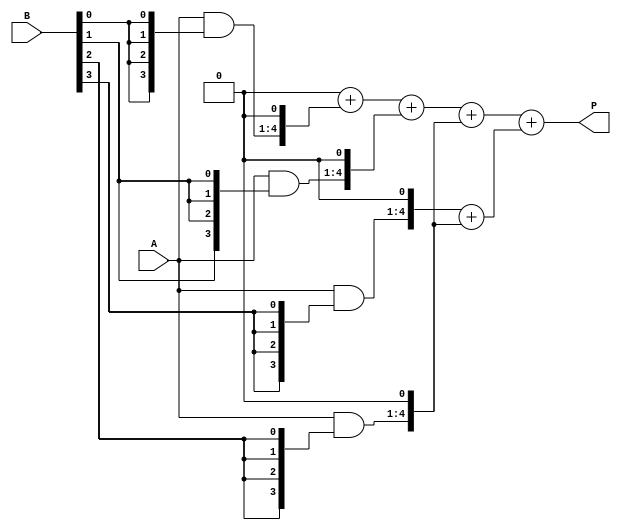
module wallace_tree_multiplier #(parameter N = 4) (
    input  [N-1:0] A,
    input  [N-1:0] B,
    output [2*N-1:0] P
);

    // Intermediate signals for partial products
    wire [N-1:0] pp[N-1:0]; // Partial products
    reg [2*N-1:0] sum_temp[0:N-1];
    wire [N:0] carry;
    
    // Generate partial products
    genvar i;
    generate
        for (i = 0; i < N; i = i + 1) begin : gen_partial_products
            assign pp[i] = A & {N{B[i]}};
        end
    endgenerate
    
    // Wallace Tree Reduction Process
    // This implementation assumes N is even for simplicity.
    // More sophisticated handling would be required for odd sizes.

    integer j;
    always @(*) begin
        // Initialize sums to zero
        for (j = 0; j < N; j = j + 1) begin
            sum_temp[j] = 0;
        end
        
        // Level 1: Grouping and summing the partial products
        for (j = 0; j < N; j = j + 1) begin
            sum_temp[j] = {pp[j], 1'b0}; // Initial shift to align
            if (j > 0 && (j % 3 == 0)) begin
                sum_temp[j] = sum_temp[j] + sum_temp[j-1];
            end
        end
    end
    
    // Final summation stage
    reg [2*N-1:0] final_sum;
    always @(*) begin
        final_sum = 0;
        for (j = 0; j < N; j = j + 1) begin
            final_sum = final_sum + sum_temp[j];
        end
    end
    
    assign P = final_sum;

endmodule